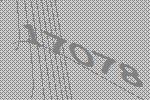
17078